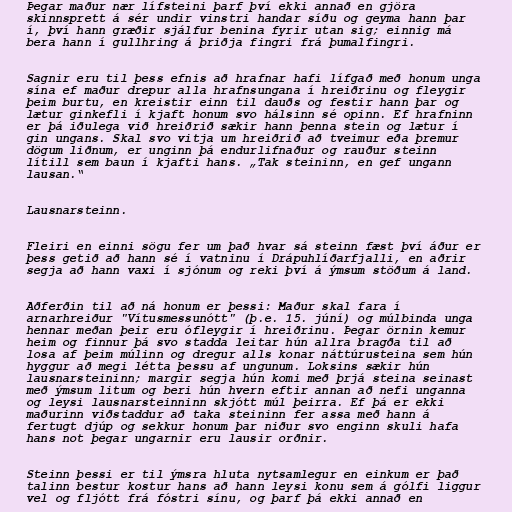
Þegar maður nær lífsteini þarf því ekki annað en gjöra
skinnsprett á sér undir vinstri handar síðu og geyma hann þar
í, því hann græðir sjálfur benina fyrir utan sig; einnig má
bera hann í gullhring á þriðja fingri frá þumalfingri.

Sagnir eru til þess efnis að hrafnar hafi lífgað með honum unga
sína ef maður drepur alla hrafnsungana í hreiðrinu og fleygir
þeim burtu, en kreistir einn til dauðs og festir hann þar og
lætur ginkefli í kjaft honum svo hálsinn sé opinn. Ef hrafninn
er þá iðulega við hreiðrið sækir hann þenna stein og lætur í
gin ungans. Skal svo vitja um hreiðrið að tveimur eða þremur
dögum liðnum, er unginn þá endurlifnaður og rauður steinn
lítill sem baun í kjafti hans. „Tak steininn, en gef ungann
lausan.“

Lausnarsteinn.

Fleiri en einni sögu fer um það hvar sá steinn fæst því áður er
þess getið að hann sé í vatninu í Drápuhlíðarfjalli, en aðrir
segja að hann vaxi í sjónum og reki því á ýmsum stöðum á land.

Aðferðin til að ná honum er þessi: Maður skal fara í
arnarhreiður "Vítusmessunótt" (þ.e. 15. júní) og múlbinda unga
hennar meðan þeir eru ófleygir í hreiðrinu. Þegar örnin kemur
heim og finnur þá svo stadda leitar hún allra bragða til að
losa af þeim múlinn og dregur alls konar náttúrusteina sem hún
hyggur að megi létta þessu af ungunum. Loksins sækir hún
lausnarsteininn; margir segja hún komi með þrjá steina seinast
með ýmsum litum og beri hún hvern eftir annan að nefi unganna
og leysi lausnarsteinninn skjótt múl þeirra. Ef þá er ekki
maðurinn viðstaddur að taka steininn fer assa með hann á
fertugt djúp og sekkur honum þar niður svo enginn skuli hafa
hans not þegar ungarnir eru lausir orðnir.

Steinn þessi er til ýmsra hluta nytsamlegur en einkum er það
talinn bestur kostur hans að hann leysi konu sem á gólfi liggur
vel og fljótt frá fóstri sínu, og þarf þá ekki annað en